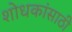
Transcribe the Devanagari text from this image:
शोधकांसाठी